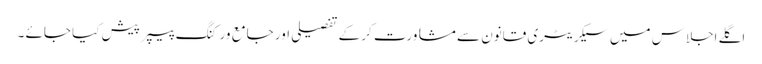
اگلے اجلاس میں سیکریٹری قانون سے مشاورت کر کے تفصیلی اور جامع ورکنگ پیپر پیش کیا جائے ۔